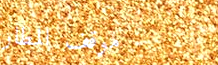
موقف المطار